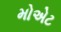
મોએટ